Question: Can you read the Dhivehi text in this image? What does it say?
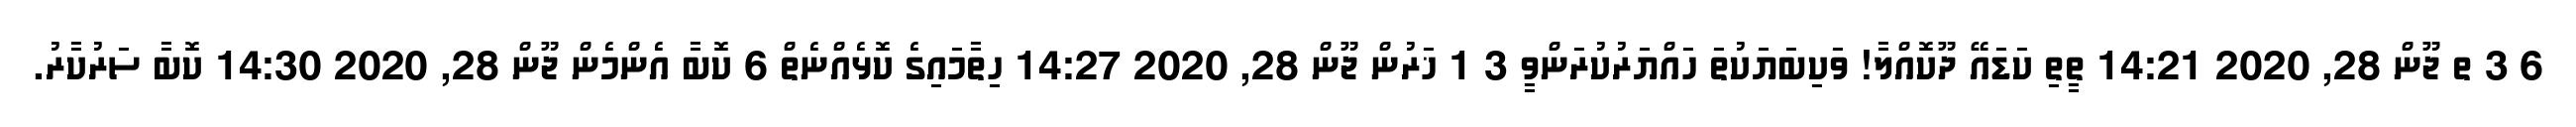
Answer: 6 3 ތ ޖޫން 28, 2020 14:21 ތީތި ކަޑައޭ ދޫކޮއްލާ! ވަކިބަޔަކުތަ ހައްޔަރުކުރަންވީ 3 1 ޚަރުން ޖޫން 28, 2020 14:27 ހިތާމައިގެ ކޮޅެއްނެތް 6 ކޮބާ އެންމެން ޖޫން 28, 2020 14:30 ކޮބާ ސަރުކާރު.